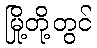
မြို့တို့တွင်